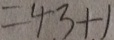
= 4 3 + 1